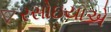
રસોઇયાએ